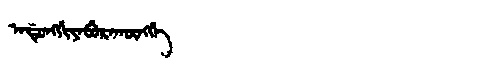
Manchu: ᠠᡩᡠᠩᡤᡳᠶᠠᠪᡠᡵᠠᡴᡡᠩᡤᡝ
Romanization: ADUNGGIYABURAKŪNGGE